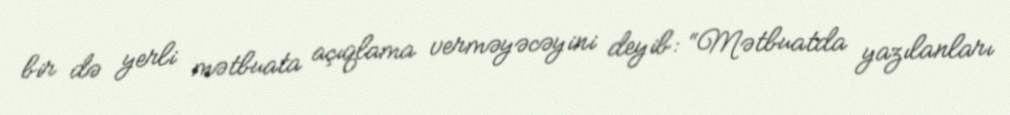
bir də yerli mətbuata açıqlama verməyəcəyini deyib: “Mətbuatda yazılanları